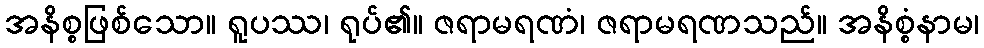
အနိစ္စဖြစ်သော။ ရူပဿ၊ ရုပ်၏။ ဇရာမရဏံ၊ ဇရာမရဏသည်။ အနိစ္စံနာမ၊